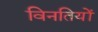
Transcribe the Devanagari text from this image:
विनतियों